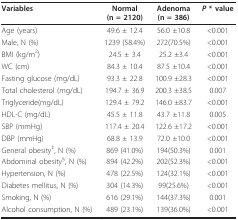
<table><thead><tr><td><b>Variables</b></td><td><b>Normal (n = 2120)</b></td><td><b>Adenoma (n = 386)</b></td><td><b><i>P </i>* value</b></td></tr></thead><tbody><tr><td>Age (years)</td><td>49.6 ± 12.4</td><td>56.0 ±10.8</td><td>&lt;0.001</td></tr><tr><td>Male, N (%)</td><td>1239 (58.4%)</td><td>272(70.5%)</td><td>&lt;0.001</td></tr><tr><td>BMI (kg/m<sup>2</sup>)</td><td>24.5 ± 3.4</td><td>25.2 ±3.4</td><td>&lt;0.001</td></tr><tr><td>WC (cm)</td><td>84.3 ± 10.4</td><td>87.5 ±10.4</td><td>&lt;0.001</td></tr><tr><td>Fasting glucose (mg/dL)</td><td>93.3 ± 22.8</td><td>100.9 ±28.3</td><td>&lt;0.001</td></tr><tr><td>Total cholesterol (mg/dL)</td><td>194.7 ± 36.9</td><td>200.3 ±38.5</td><td>0.007</td></tr><tr><td>Triglyceride(mg/dL)</td><td>129.4 ± 79.2</td><td>146.0 ±83.7</td><td>&lt;0.001</td></tr><tr><td>HDL-C (mg/dL)</td><td>45.5 ± 11.8</td><td>43.7 ±11.8</td><td>0.005</td></tr><tr><td>SBP (mmHg)</td><td>117.4 ± 20.4</td><td>122.6 ±17.2</td><td>&lt;0.001</td></tr><tr><td>DBP (mmHg)</td><td>68.8 ± 13.9</td><td>72.0 ±10.0</td><td>&lt;0.001</td></tr><tr><td>General obesity<sup>‡</sup>, N (%)</td><td>869 (41.0%)</td><td>194(50.3%)</td><td>0.001</td></tr><tr><td>Abdominal obesity<sup>§</sup>, N (%)</td><td>894 (42.2%)</td><td>202(52.3%)</td><td>&lt;0.001</td></tr><tr><td>Hypertension, N (%)</td><td>478 (22.5%)</td><td>124(32.1%)</td><td>&lt;0.001</td></tr><tr><td>Diabetes mellitus, N (%)</td><td>304 (14.3%)</td><td>99(25.6%)</td><td>&lt;0.001</td></tr><tr><td>Smoking, N (%)</td><td>616 (29.1%)</td><td>144(37.3%)</td><td>0.001</td></tr><tr><td>Alcohol consumption, N (%)</td><td>489 (23.1%)</td><td>139(36.0%)</td><td>&lt;0.001</td></tr></tbody></table>